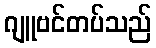
ဂျူဗင်တပ်သည်